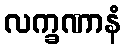
လက္ခဏာနံ